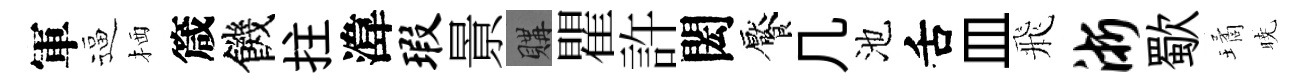
軍逼栖箴饑拄湋瑕㬌購瞿許閎饜几池舌皿飛浙歜璚暁